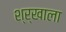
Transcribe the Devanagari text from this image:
श्र्‌खाला